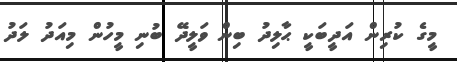
މީގެ ކުރިން އަދީބަކީ ޙާލިދު ބިން ވަލީދޭ ބުނި މީހުން މިއަދު ލަދު